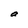
Character: a